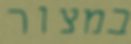
במצור